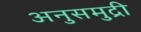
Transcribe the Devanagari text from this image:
अनुसमुद्री